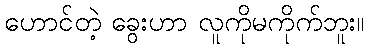
ဟောင်တဲ့ ခွေးဟာ လူကိုမကိုက်ဘူး။